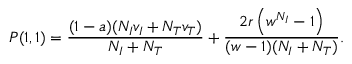
P ( 1 , 1 ) = \frac { ( 1 - a ) ( N _ { I } v _ { I } + N _ { T } v _ { T } ) } { N _ { I } + N _ { T } } + \frac { 2 r \left( w ^ { N _ { I } } - 1 \right) } { ( w - 1 ) ( N _ { I } + N _ { T } ) } .